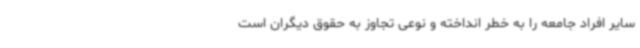
سایر افراد جامعه را به خطر انداخته و نوعی تجاوز به حقوق دیگران است